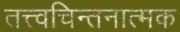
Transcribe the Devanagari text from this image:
तत्त्वचिन्तनात्मक